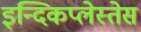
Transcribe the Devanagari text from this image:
इन्दिकप्लेस्तेस